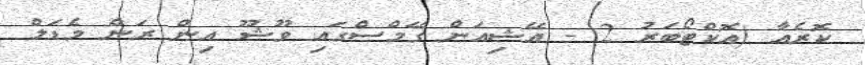
ކޮރެއާ (އޮކްޓޯބަރު 2 - އޭޝިއަން ގޭމްސްގައި ވޫޝޫ އިން ރަން މެޑަލް